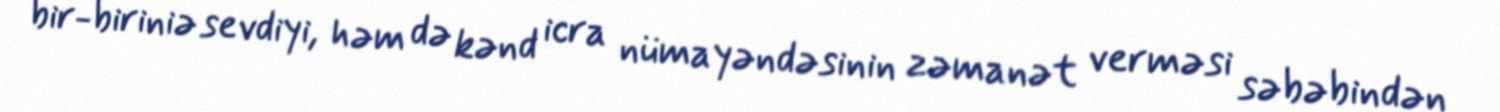
bir-biriniə sevdiyi, həm də kənd icra nümayəndəsinin zəmanət verməsi səbəbindən